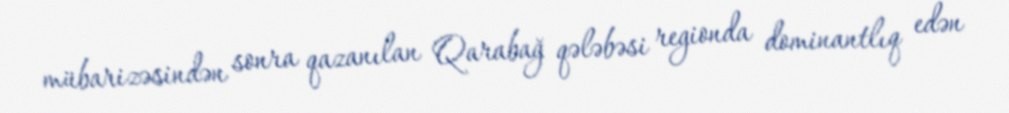
mübarizəsindən sonra qazanılan Qarabağ qələbəsi regionda dominantlıq edən